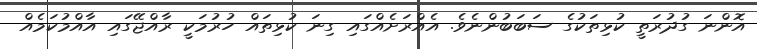
އޮންނަ ގުދުރަތީ ކުޅިތަކުގެ ސަބަބުންނެވެ. އެއްރަށެއްގައި ގިނަ ކުޅިތައް ހުރުމަކީ ރާއްޖޭގައި އާއްމުކަމެއް